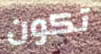
تكون